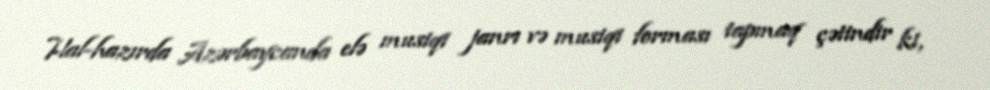
Hal-hazırda Azərbaycanda elə musiqi janrı və musiqi forması tapmaq çətindir ki,